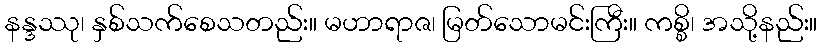
နန္ဒဿု၊ နှစ်သက်စေသတည်း။ မဟာရာဇ၊ မြတ်သောမင်းကြီး။ ကစ္စိ၊ အသို့နည်း။